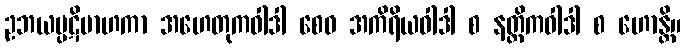
ဥဘယပ္ပဋိဗာဟကာ အဟေတုကဝါဒါ စေဝ အကိရိယဝါဒါ စ နတ္ထိကဝါဒါ စ ဟောန္တိ။